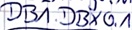
Text: DB1.DBX0.1